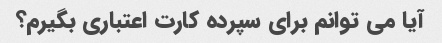
آیا می توانم برای سپرده کارت اعتباری بگیرم؟